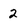
Character: 2